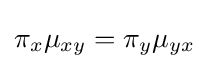
\pi _{x}\mu _{xy}=\pi _{y}\mu _{yx}\